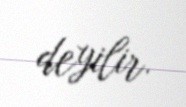
deyilir.